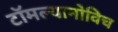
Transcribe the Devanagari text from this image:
टॉमल्यानोविच